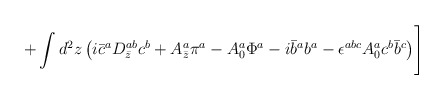
\begin{align*}+ \int d^2 z \left( i \bar c^aD^{ab}_{\bar z} c^b + A^a_{\bar z} \pi^a -A^a_0\Phi^a -i \bar b^a b^a-\epsilon^{abc} A^a_0 c^b \bar b^c\right)\Biggr]\end{align*}